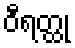
ဝီရတ္ထု